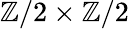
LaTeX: \mathbb{Z}/2\times\mathbb{Z}/2